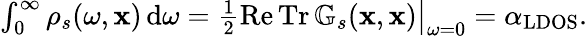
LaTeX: \begin{array}{r}{\int_{0}^{\infty}\rho_{s}(\omega,\mathbf{x})\, \mathrm{d}\omega=\frac{1}{2}\operatorname{Re}\operatorname{Tr}\mathbb{G}_{s}(\mathbf{x},\mathbf{x})\big\vert_{\omega=0}=\alpha_{\mathrm{LDOS}}.}\end{array}